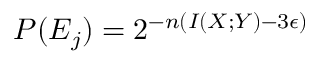
P ( E _ { j } ) = 2 ^ { - n ( I ( X ; Y ) - 3 \epsilon ) }